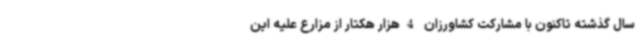
سال گذشته تاکنون با مشارکت کشاورزان 4هزار هکتار از مزارع علیه این